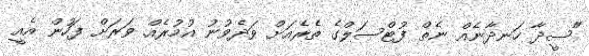
"ސީދާ ހަނދާނެއް ނެތް ފުޓްސަލްގެ ތެރެއަށް ވަދެވުނު އުމުރެއް. ވަރަށް ފަހުން އެއީ